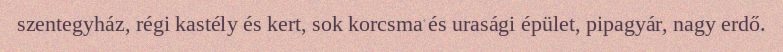
szentegyház, régi kastély és kert, sok korcsma és urasági épület, pipagyár, nagy erdő.